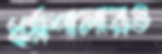
ধর্মশালারও